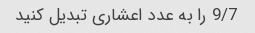
9/7 را به عدد اعشاری تبدیل کنید